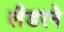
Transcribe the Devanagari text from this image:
लँडरने